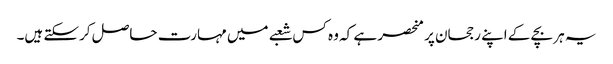
یہ ہر بچے کے اپنے رجحان پر منحصر ہے کہ وہ کس شعبے میں مہارت حاصل کرسکتے ہیں۔